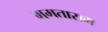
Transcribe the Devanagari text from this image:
ममताराम